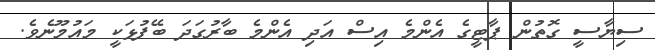
ސިޔާސީ ގޮތުން ޕާޓީގެ އެންމެ އިސް އަދި އެންމެ ބާރުގަދަ ބޭފުޅަކީ މައުމޫނެވެ.